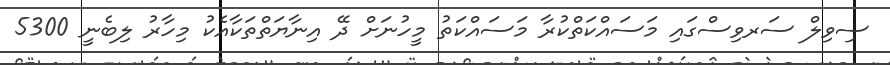
ސިވިލް ސަރވިސްގައި މަސައްކަތްކުރާ މަސައްކަތު މީހުނަށް ދޭ އިނާޔަތްތަކާއެެކު މިހާރު ލިބެނީ 5300